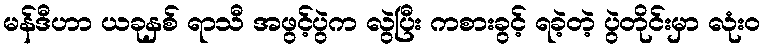
မန်ဒီဟာ ယခုနှစ် ရာသီ အဖွင့်ပွဲက လွဲပြီး ကစားခွင့် ရခဲ့တဲ့ ပွဲတိုင်းမှာ လုံးဝ